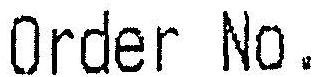
ORDER NO.